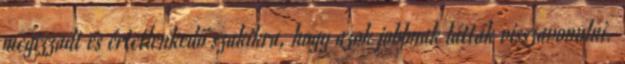
megizzadt és értetlenkedő szakikra, hogy azok jobbnak látták visszavonulni.